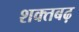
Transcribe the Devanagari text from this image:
शक्तबढ़